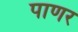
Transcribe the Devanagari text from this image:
पाणर